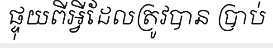
ផ្ទុយពីអ្វីដែលត្រូវបាន ប្រាប់